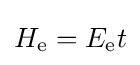
H_{\mathrm {e} }=E_{\mathrm {e} }t